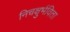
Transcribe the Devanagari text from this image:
निचक्षुर्भविता